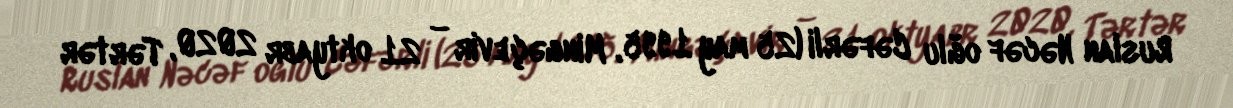
Ruslan Nəcəf oğlu Cəfərli (25 may 1995, Mingəçevir – 21 oktyabr 2020, Tərtər